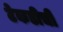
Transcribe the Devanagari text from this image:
टेकडीची